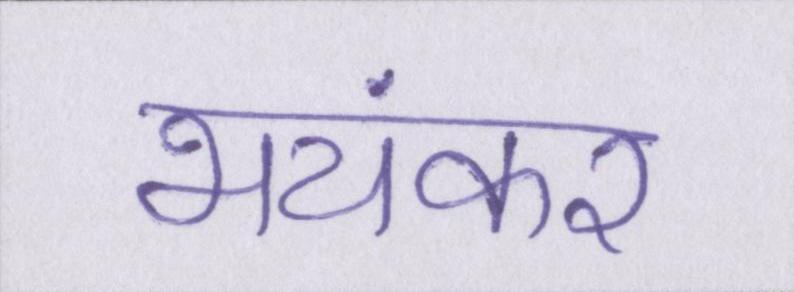
भयंकर